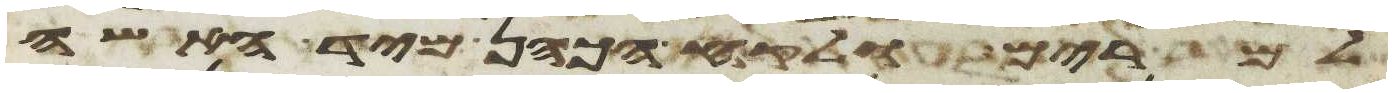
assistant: למרים ולקח הכהן מיד האשה